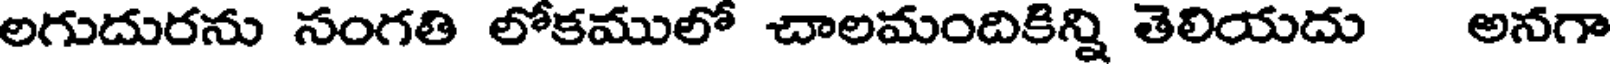
లగుదురను సంగతి లోకములో చాలమందికిన్ని తెలియదు అనగా